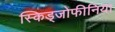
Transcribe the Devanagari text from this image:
स्किड्जोफीनिया